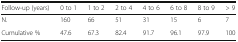
<table><thead><tr><td><b>Follow-up (years)</b></td><td><b>0 to 1</b></td><td><b>1 to 2</b></td><td><b>2 to 4</b></td><td><b>4 to 6</b></td><td><b>6 to 8</b></td><td><b>8 to 9</b></td><td><b>&gt; 9</b></td></tr></thead><tbody><tr><td>N.</td><td>160</td><td>66</td><td>51</td><td>31</td><td>15</td><td>6</td><td>7</td></tr><tr><td>Cumulative %</td><td>47.6</td><td>67.3</td><td>82.4</td><td>91.7</td><td>96.1</td><td>97.9</td><td>100</td></tr></tbody></table>